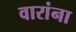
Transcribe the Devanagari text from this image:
वारांना